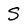
Character: S